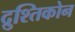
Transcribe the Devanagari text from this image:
द्रुश्तिकोन